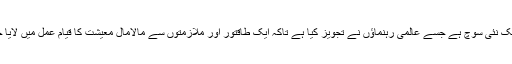
یہ اب ایک نئی سوچ ہے جسے عالمی رہنماؤں نے تجویز کیا ہے تاکہ ایک طاقتور اور ملازمتوں سے مالامال معیشت کا قیام عمل میں لایا جاسکے۔